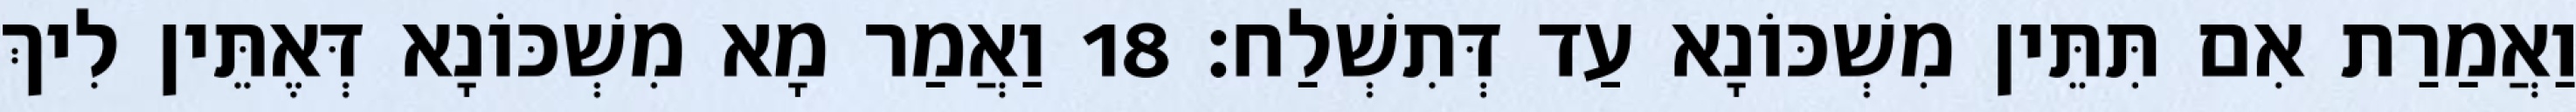
וַאֲמַרַת אִם תִּתֵּין מִשְׁכּוֹנָא עַד דְּתִשְׁלַח׃ 18 וַאֲמַר מָא מִשְׁכּוֹנָא דְּאֶתֵּין לִיךְ